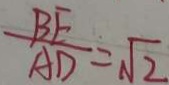
\frac { B E } { A D } = \sqrt { 2 }